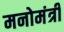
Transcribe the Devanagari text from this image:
मनोमंत्री